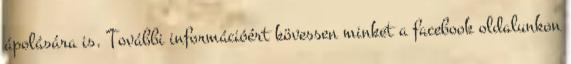
ápolására is. További információért kövessen minket a facebook oldalunkon